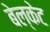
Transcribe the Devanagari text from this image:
बेल्केट